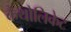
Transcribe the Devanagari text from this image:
कैथोलिकेट